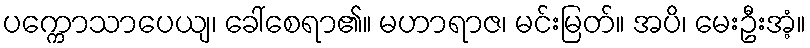
ပက္ကောသာပေယျ၊ ခေါ်စေရာ၏။ မဟာရာဇ၊ မင်းမြတ်။ အပိ၊ မေးဦးအံ့။